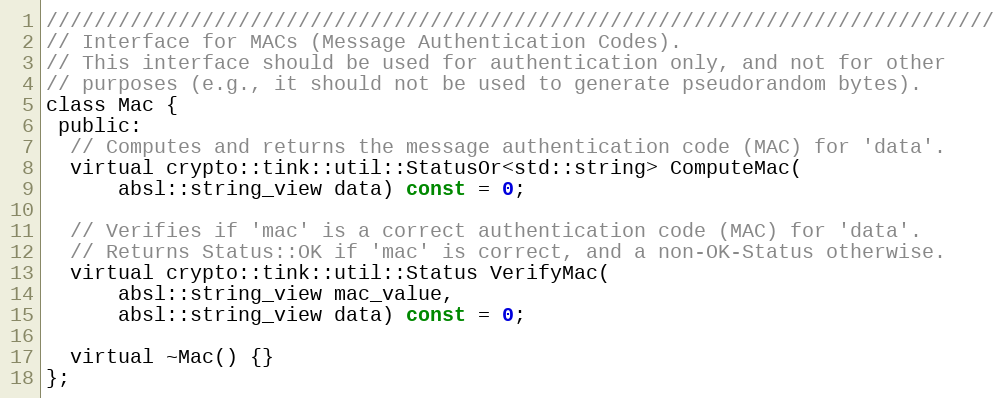
Language: C
///////////////////////////////////////////////////////////////////////////////
// Interface for MACs (Message Authentication Codes).
// This interface should be used for authentication only, and not for other
// purposes (e.g., it should not be used to generate pseudorandom bytes).
class Mac {
 public:
  // Computes and returns the message authentication code (MAC) for 'data'.
  virtual crypto::tink::util::StatusOr<std::string> ComputeMac(
      absl::string_view data) const = 0;

  // Verifies if 'mac' is a correct authentication code (MAC) for 'data'.
  // Returns Status::OK if 'mac' is correct, and a non-OK-Status otherwise.
  virtual crypto::tink::util::Status VerifyMac(
      absl::string_view mac_value,
      absl::string_view data) const = 0;

  virtual ~Mac() {}
};